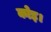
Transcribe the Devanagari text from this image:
कोइ।